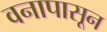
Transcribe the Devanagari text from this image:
वनापासून